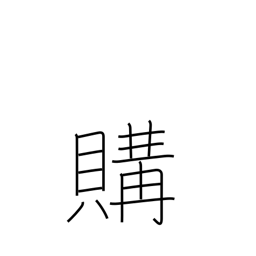
Meaning: buy